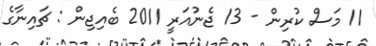
11 މަސް ކުރިން - 13 ޖެނުއަރީ 2011 ބެއިޖިން : ޗައިނާގެ